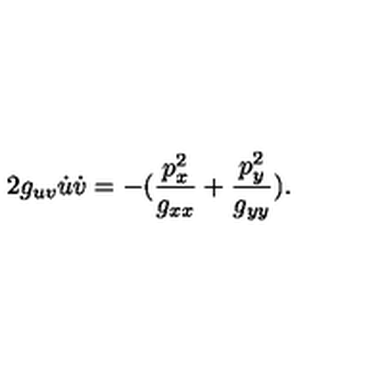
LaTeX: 2 g _ { u v } \dot { u } \dot { v } = - ( { \frac { p _ { x } ^ { 2 } } { g _ { x x } } } + { \frac { p _ { y } ^ { 2 } } { g _ { y y } } } ) .